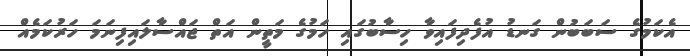
އެކަމުގެ ސަބަބުން ގަނޑު އުފެދިފައިވާ ހިސާބުގައި ހަމުގެ މަތީން އަތް ޖައްސާލައިފިނަމަ ހަރުކަމެއް